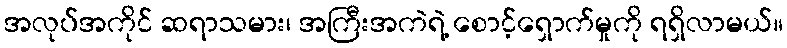
အလုပ်အကိုင် ဆရာသမား၊ အကြီးအကဲရဲ့ စောင့်ရှောက်မှုကို ရရှိလာမယ်။